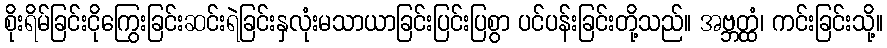
စိုးရိမ်ခြင်းငိုကြွေးခြင်းဆင်းရဲခြင်းနှလုံးမသာယာခြင်းပြင်းပြစွာ ပင်ပန်းခြင်းတို့သည်။ အဗ္ဘတ္ထံ၊ ကင်းခြင်းသို့။